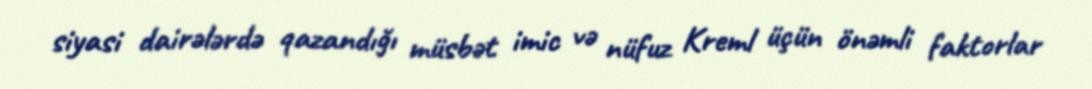
siyasi dairələrdə qazandığı müsbət imic və nüfuz Kreml üçün önəmli faktorlar